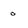
Character: O